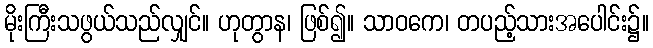
မိုးကြီးသဖွယ်သည်လျှင်။ ဟုတွာန၊ ဖြစ်၍။ သာဝကေ၊ တပည့်သားအပေါင်း၌။